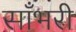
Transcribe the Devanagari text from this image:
साँभरी